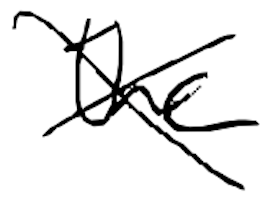
Text: the
Cross-out: cross
Writing tool: digital_black